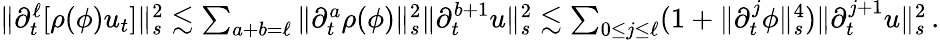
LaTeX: \begin{array}{r}{\| \partial_{t}^{\ell}[\rho(\phi)u_{t}]\| _{s}^{2}\lesssim\sum_{a+b=\ell}\| \partial_{t}^{a}\rho(\phi)\| _{s}^{2}\| \partial_{t}^{b+1}u\| _{s}^{2}\lesssim\sum_{0\leq j\leq\ell}(1+\| \partial_{t}^{j}\phi\| _{s}^{4})\| \partial_{t}^{j+1}u\| _{s}^{2}\, .}\end{array}